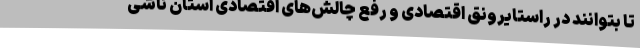
تا بتوانند در راستایرونق اقتصادی و رفع چالش‌های اقتصادی استان ناشی